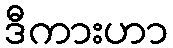
ဒီကားဟာ